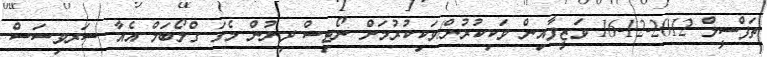
ތަފްސީލް 2012-12-16 ވަޒީފާއިން ވަކިކުރުން/ވަކިކުރުމަށް ނޯޓިސް ދިނުން މެގަ ގްލޯބަލް އެއާ ސަރވިސަސް